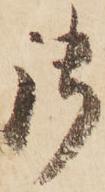
御